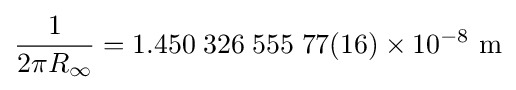
{\frac {1}{2\pi R_{\infty }}}=1.450\;326\;555\;77(16)\times 10^{-8}\ {\text{m}}